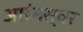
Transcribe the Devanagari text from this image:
आरंभस्वर